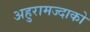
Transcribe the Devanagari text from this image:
अहुरामज्दाको